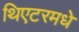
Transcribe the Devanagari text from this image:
थिएटरमधे